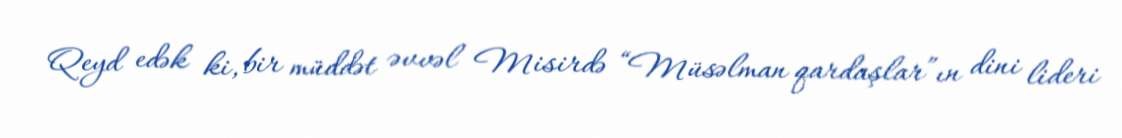
Qeyd edək ki, bir müddət əvvəl Misirdə “Müsəlman qardaşlar”ın dini lideri